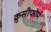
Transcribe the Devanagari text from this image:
क्रुसीफोर्म